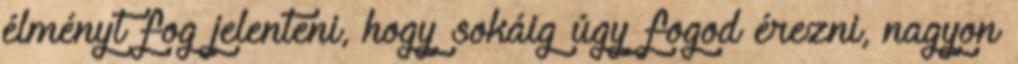
élményt fog jelenteni, hogy sokáig úgy fogod érezni, nagyon